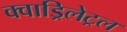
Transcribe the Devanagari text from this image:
क्वाड्रिलेट्रल